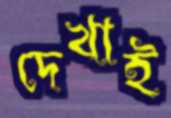
দেখাই